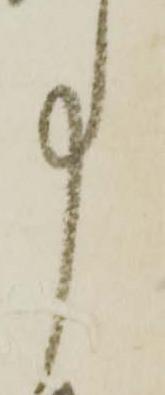
事